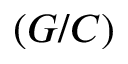
( G / C )